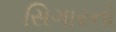
સિગારનો